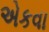
એકવા